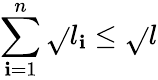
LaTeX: \sum_{\mathbf{i}=1}^{n}\sqrt{}{{l_{\mathbf{i}}}}\leq\sqrt{}{{l}}